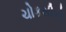
ચોકસીએ